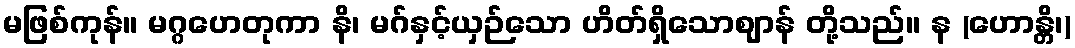
မဖြစ်ကုန်။ မဂ္ဂဟေတုကာ နိ၊ မဂ်နှင့်ယှဉ်သော ဟိတ်ရှိသောဈာန် တို့သည်။ န (ဟောန္တိ၊)